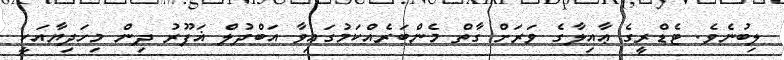
ލިބުނެވެ. ޓެޑްރީގެ ޢާއިލާގެ ވަރަށް ގާތް މެންބަރެއްކަމުގައިވާ އަބްދުލް ޣަފޫރު ދިން މިހަދިޔާއަކީ